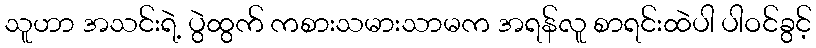
သူဟာ အသင်းရဲ့ ပွဲထွက် ကစားသမားသာမက အရန်လူ စာရင်းထဲပါ ပါဝင်ခွင့်